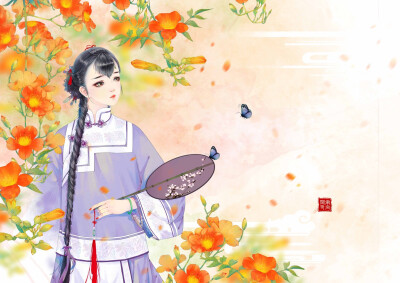
绣袂捧琴兮，登君子堂。